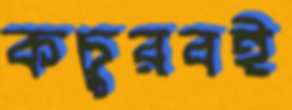
কচুরবই